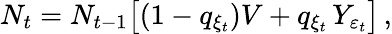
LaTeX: N_{t}=N_{t-1}\big[(1-q_{\xi_{t}})V+q_{\xi_{t}}\, Y_{\varepsilon_{t}}\big]\, ,